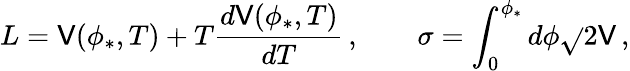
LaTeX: L=\mathsf{V}(\phi_{*},T)+T\frac{{d\mathsf{V}(\phi_{*},T)}}{{dT}}\, ,\qquad\sigma=\int_{0}^{\phi_{*}}d\phi\sqrt{}{{2\mathsf{V}}}\, ,